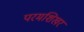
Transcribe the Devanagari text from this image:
परमशिखर